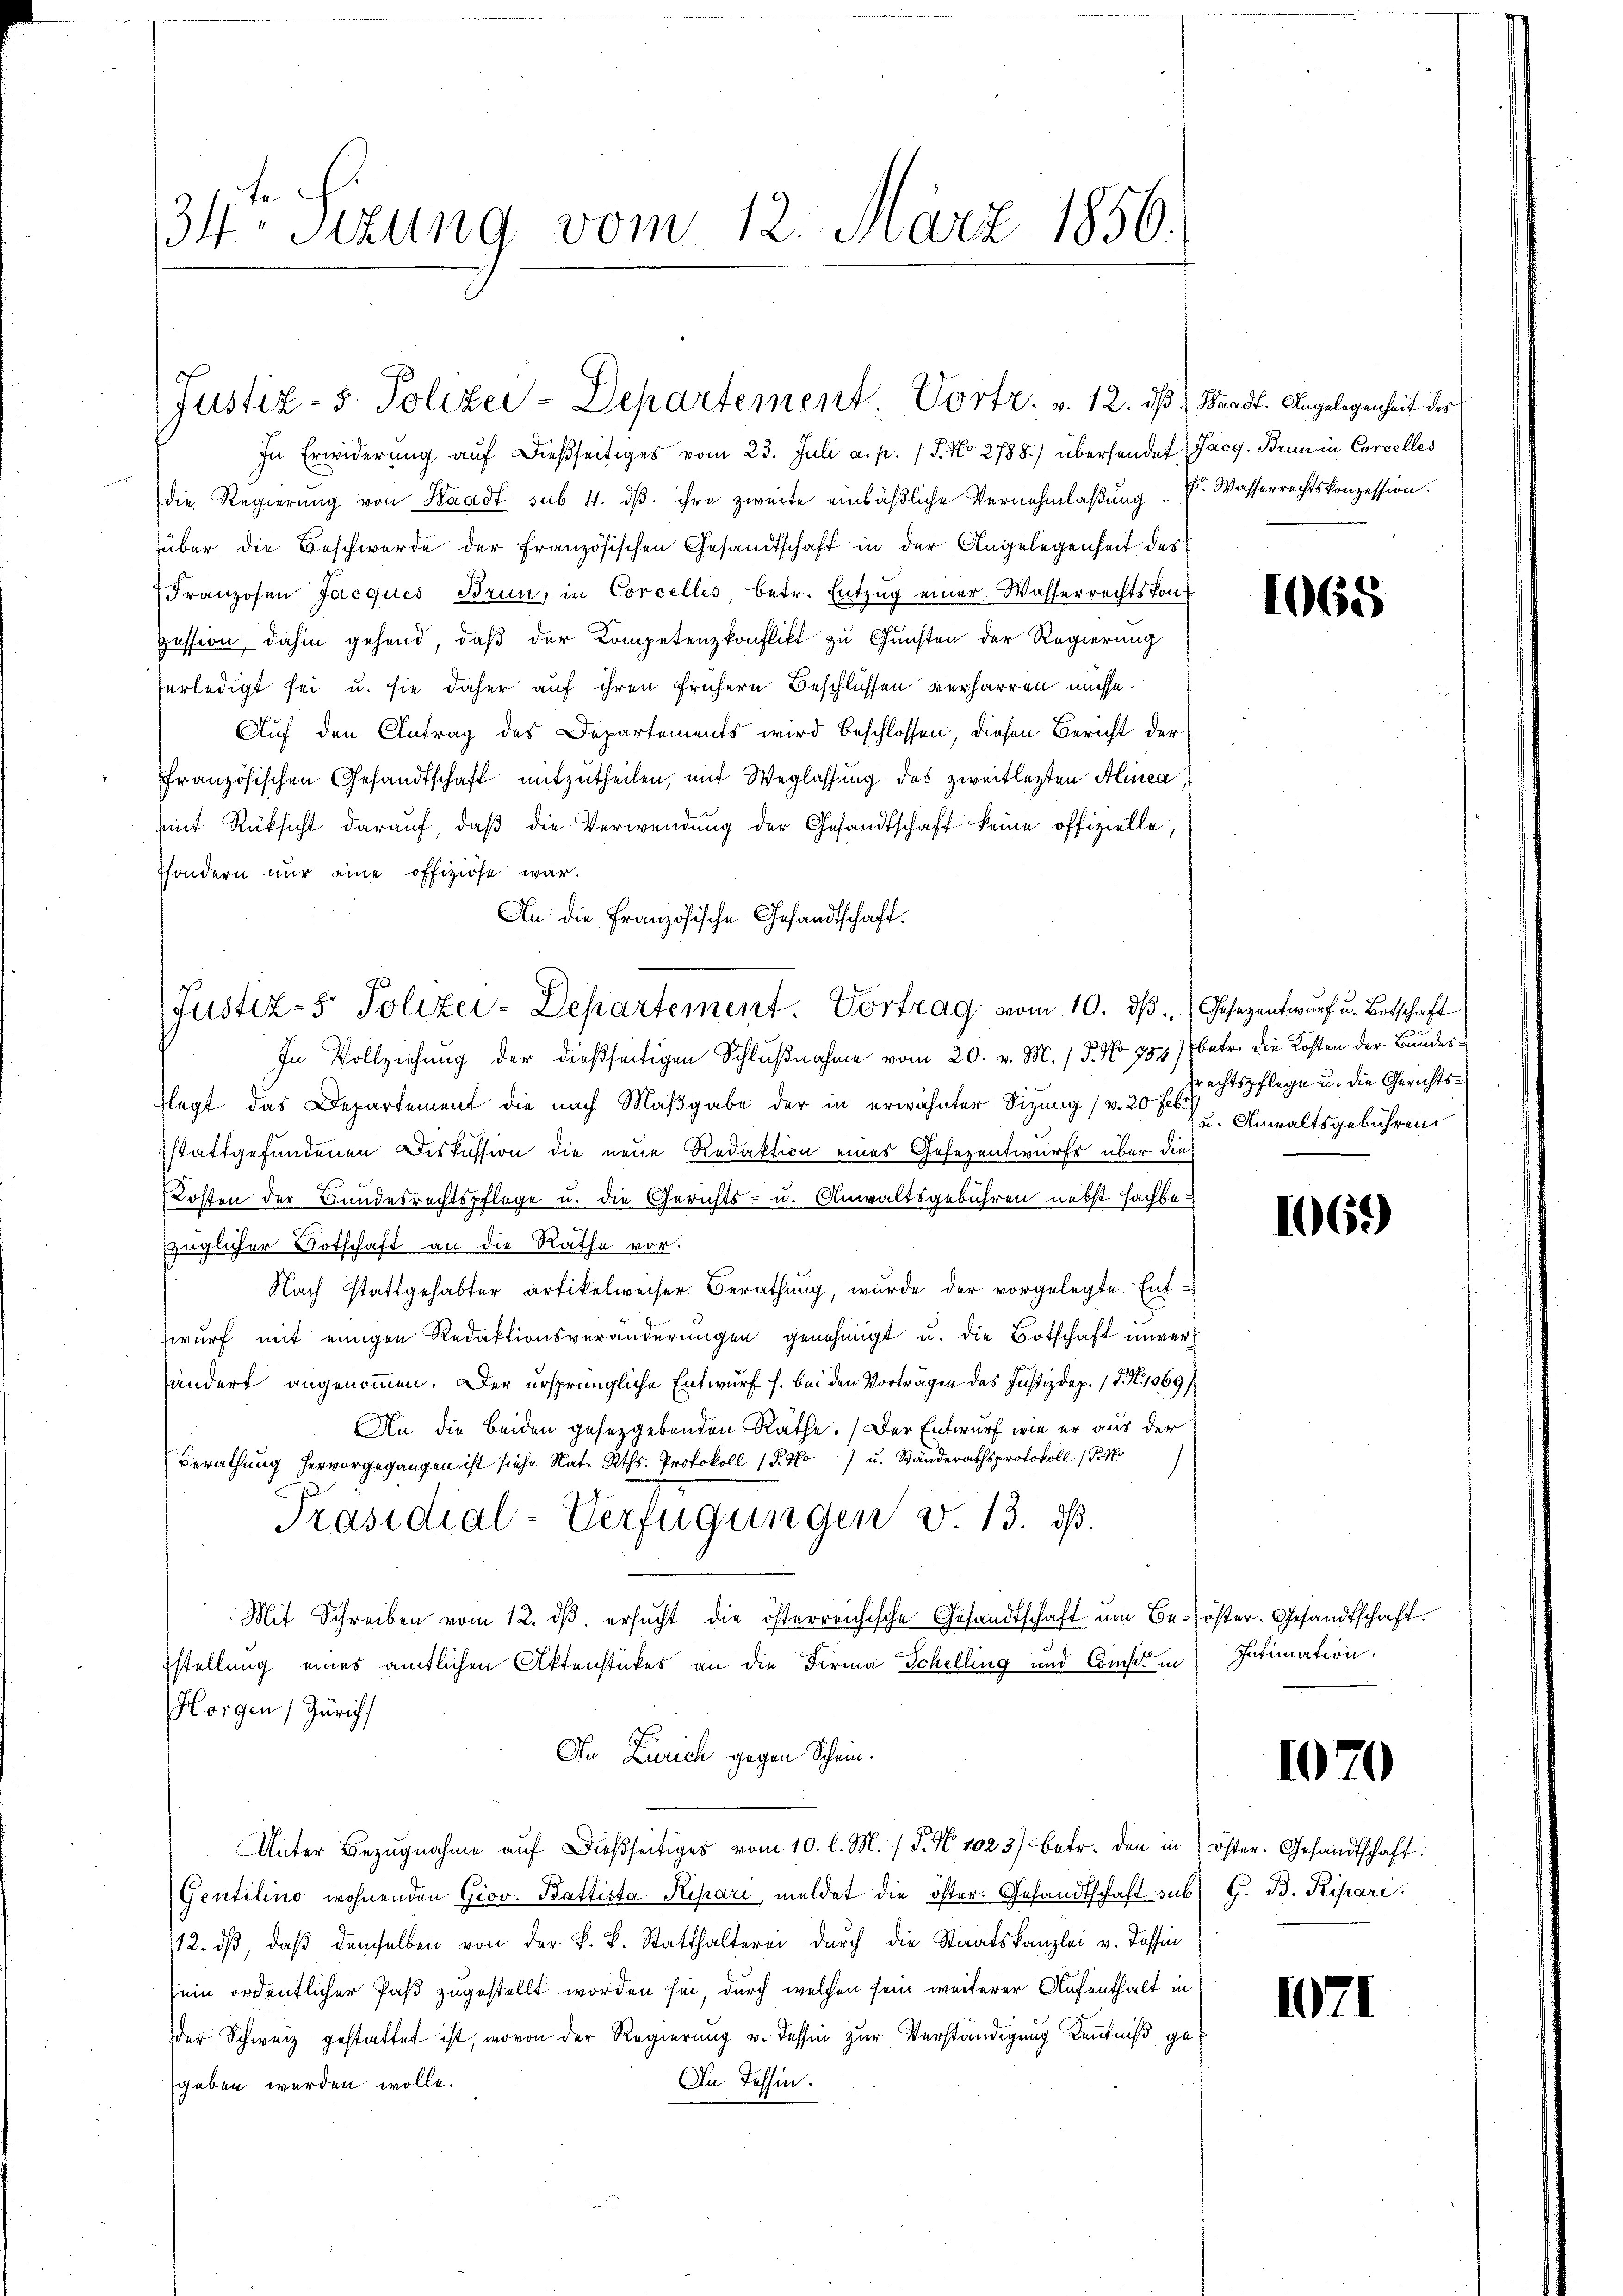
34te Sitzung vom 12. März 1856

In Erwiderŭng aŭf dießseitiges vom 23. Juli a. p. 1 S. No 2788.) übersendet Jacg. Brun in Corcelles
die Regierŭng von Waadt sub. 4. dβ. ihre zweite einläßliche Vernehmlaßung . . Wasserrechtskonzession.
über die Beschwerde der Französischen Gesandtschaft in der Angelegenheit des
Franzosen Jacques Brun, in Corcelles, betr. Entzug einer Wasserrechtskompession dahin gehend, daβ der Kompetenzkonflikt zu Gunsten der Regierung
erledigt sei u. sie daher auf ihren frühern Beschlüssen verharren müsse.
Auf den Antrag des Departements wird beschlossen, diesen Bericht der
ffranzösischen Gesandtschaft mitzutheilen, mit Weglassung des zweitlegten Alinea
mit Rüksicht darauf, daß die Verwendung der Gesandtschaft keine offizielle,
Esondern nur eine offiziöse war.
An die Französische Gesandtschaft.
In Vollziehung der dießseitigen Schlußnahme vom 20. v. M. / P. No 754) betr. die Kosten der Bundesflegt das Departement die nach Maßgabe der in erwähnter Sizung (v. 20 kr u. Anwaltsgebühren.
sstattgefundenen Diskussion die neue Redaktion eines Gesezentwurfs über dies
Kosten der Bundesrechtspflege u. die Gerichts- u. Anwaltsgebühren nebst sachba
züglicher Botschaft an die Rathe vor.
Nach stattgehabter artikelweiser Berathŭng, wurde der vorgelegte Ent-
wurf mit einigen Redaktionsveränderungen genehmigt u. die Botschaft unvers
sändert angenommen. Der ursprüngliche Entwurf s. bei den Vorträgen des Justizdep. (T. N. 1069/
An die beiden gesetzgebenden Räthe. Der Entwurf wie er aus der
Berathung hervorgegangen ist siche Rat. Rth. Protokoll (S. 3 u. Ständerathsprotokoll (P.4)
e
Präsidial-Verfügungen v. 13. ds.
Mit Schreiben vom 12. ds. ersucht die österreichische Gesandtschaft um Bestellung eines amtlichen Aktenstückes an die Firma Schelling und Consit in
Horgen Züricht
An Zürich gegen Schein.
Unter Bezŭgnahme aŭf dießseitiges vom 10. l. M. / P. Nr. 1023) betr. den in öster. Gesandtschaft:
Gentilino wohnenden Giov. Battista Ripari meldet die öster. Gesandtschaft sub
/12. dβ, daß demselben von der k. k. Statthalterei durch die Staatskanzlei v. Tessin
sein ordentlicher Paß zugestellt worden sei, durch welchen sein weiterer Aufenthalt in
der Schweiz gestattet ist, wovon der Regierung v. Tessin zur Verständigung Kenntniß ge¬
In Tessin.
sgeben werden wolle.

Justiz- 5. Polizei-Departement Portr. v. 12. ds Waadt. Angelegenheit des

Justiz- & Polizei-Departement. Vortrag vom 10. ds. Gesezentwurf u. Botschaft

1665

Frechtspflege u. die Gerichts¬

1069

öster. Gesandtschaft.
Intimation.

1

1070

G. B. Repari